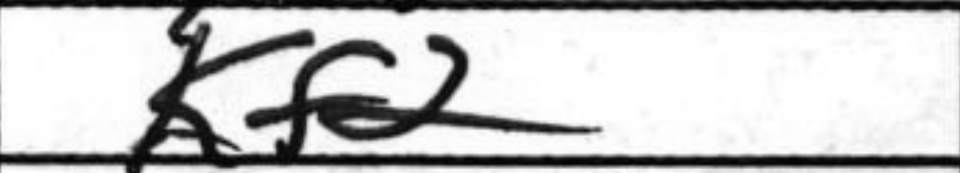
Transcription: Kf2